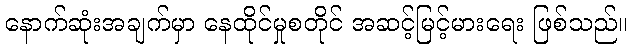
နောက်ဆုံးအချက်မှာ နေထိုင်မှုစတိုင် အဆင့်မြင့်မားရေး ဖြစ်သည်။